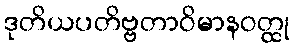
ဒုတိယပတိဗ္ဗတာဝိမာနဝတ္ထု